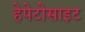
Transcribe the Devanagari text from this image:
हेपेटोसाइट